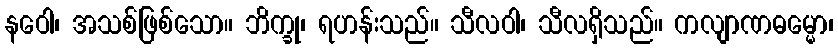
နဝေါ၊ အသစ်ဖြစ်သော။ ဘိက္ခု၊ ရဟန်းသည်။ သီလဝါ၊ သီလရှိသည်။ ကလျာဏဓမ္မော၊